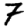
Digit: 7